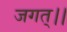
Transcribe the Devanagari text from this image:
जगत्।।